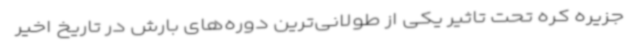
جزیره کره تحت تاثیر یکی از طولانی‌ترین دوره‌های بارش در تاریخ اخیر